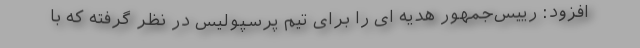
افزود: رییس‌جمهور هدیه ای را برای تیم پرسپولیس در نظر گرفته که با